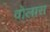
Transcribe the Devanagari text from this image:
वोलास